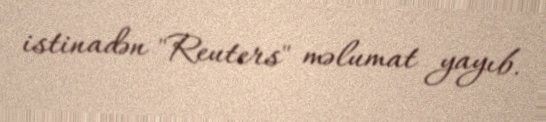
istinadən "Reuters" məlumat yayıb.